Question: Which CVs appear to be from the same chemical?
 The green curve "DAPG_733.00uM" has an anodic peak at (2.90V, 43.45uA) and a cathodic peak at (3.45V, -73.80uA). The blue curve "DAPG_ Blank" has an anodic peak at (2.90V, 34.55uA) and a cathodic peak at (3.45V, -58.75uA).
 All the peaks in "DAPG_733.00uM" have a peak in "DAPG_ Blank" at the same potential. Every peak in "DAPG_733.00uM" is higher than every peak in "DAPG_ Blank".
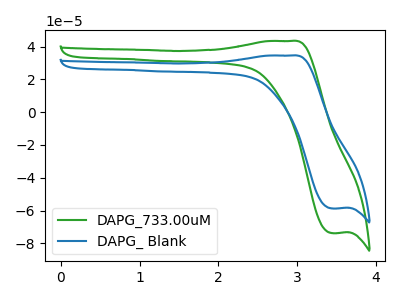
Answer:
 <answer>"DAPG_ Blank" and "DAPG_733.00uM" have the same shape and are likely CV's of the same chemical.</answer>
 <eval>"DAPG_ Blank" "DAPG_733.00uM"</eval>